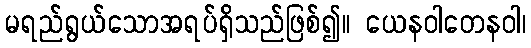
မရည်ရွယ်သောအရပ်ရှိသည်ဖြစ်၍။ ယေနဝါတေနဝါ၊